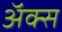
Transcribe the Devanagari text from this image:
अॅक्स